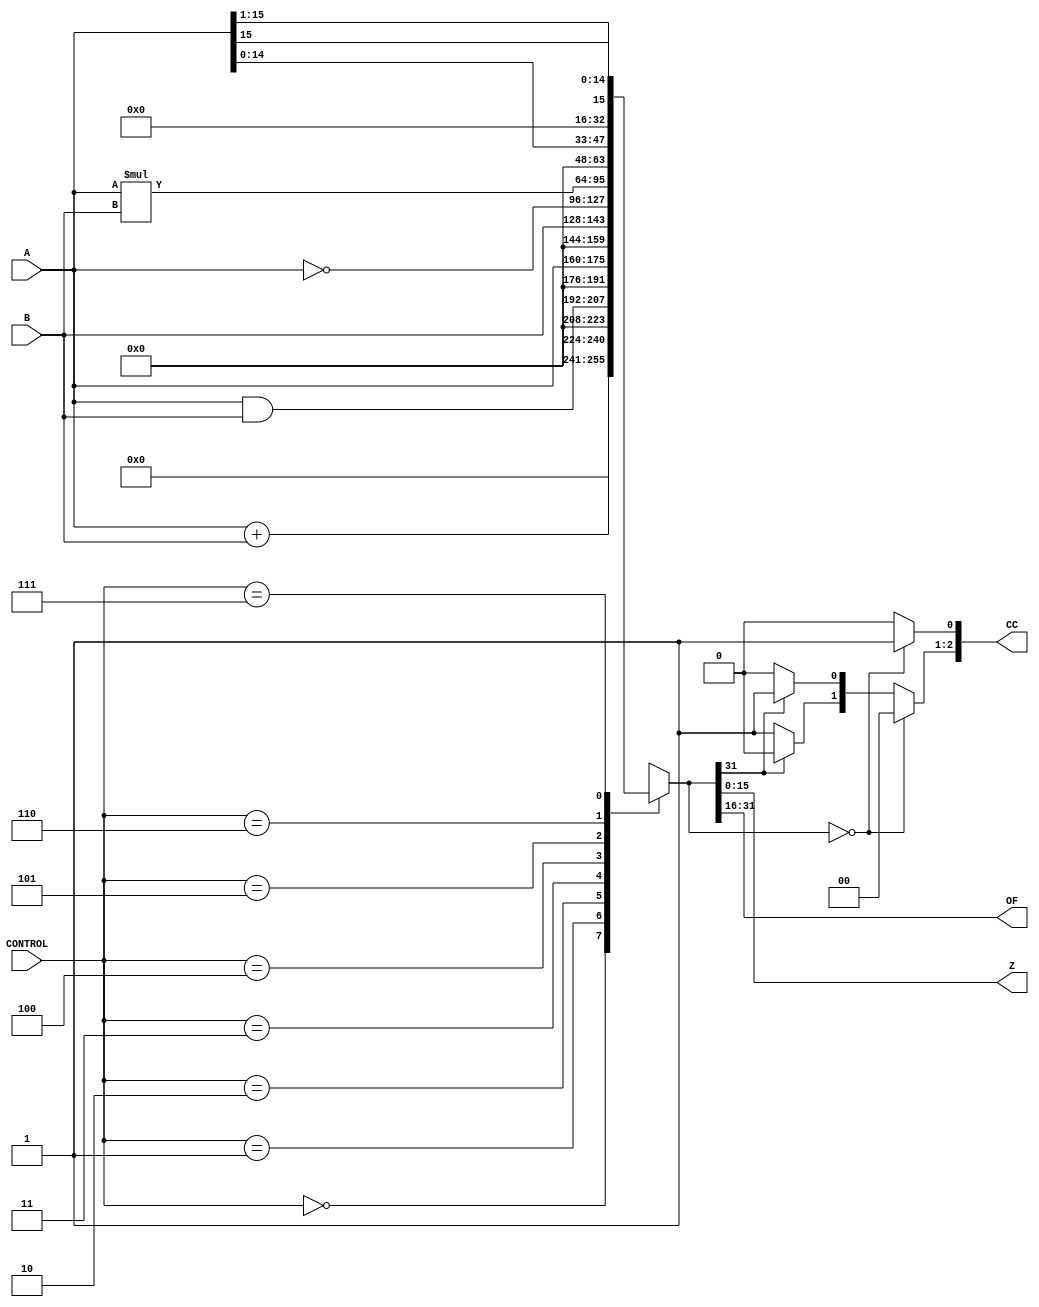
module ALU(A, B, CONTROL, CC, Z, OF);

	input [15:0] A;		// port A
	input [15:0] B;	  	// port B
	input [3:0] CONTROL;	// control for ALU
//	output reg [2:0] CC;	// pos, neg, zero flags
//	output reg [15:0] Z;	// result
//	output reg [15:0] OF;	// overflow
	output [2:0] CC;	// pos, neg, zero flags
	output [15:0] Z;	// result
	output [15:0] OF;	// overflow
	wire [31:0] result;	// ALU result


	assign result = alu_out(A, B, CONTROL);
	assign Z = result[15:0];
	assign OF  = result[31:16] ;
	assign CC = flags(result);

 	function [31:0] alu_out;
   		input  [15:0] A,B;
   		input  [3:0] CONTROL;
   		case (CONTROL)
       			4'b0000: alu_out=A+B;			// Add A,B
       			4'b0001: alu_out=A&B;			// And A,B
       			4'b0010: alu_out=A;			// Pass A
       			4'b0011: alu_out=B;			// Pass B
       			4'b0100: alu_out=~A;			// Not A
       			4'b0101: alu_out=A*B;			// Mul A,B
       			4'b0110: alu_out={A[14:0],1'b0};	// Shift Left
       			4'b0111: alu_out={A[15],A[15:1]};	// Shift Right (sign extend)
         		default: begin
                     		alu_out=32'bxxxxxxxxxxxxxxxxxxxxxxxxxxxxxxxx;
                   	end    
     		endcase  /* {...,...,...} is for the concatenation.
                 		{ADD_WITH_CARRY,SUB_WITH_BORROW}==2'b11 is used
                 		to force the CARRY==1 for the increment operation */  
   	endfunction // end of function "result"

  	function [2:0] flags;		// output [pos,neg,zero] flags
  		input [31:0] x;
  		
    		begin

    		//initialize flags to zero
    		flags[0] = 0;
    		flags[1] = 0;
    		flags[2] = 0;
    		
    		// zero flag check for x
			if( x == 0)
			begin
				flags[0] = 1;
			end
			else
			begin
				if(x[31] == 1)
				begin
					flags[1] = 1;
					flags[2] = 0;
				end
				else
				begin
					flags[1] = 0;
					flags[2] = 1;
				end
    		end
    		end
  	endfunction // end of function "flags"

endmodule